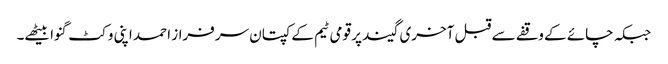
جبکہ چائے کے وقفے سے قبل آخری گیند پر قومی ٹیم کے کپتان سرفراز احمد اپنی وکٹ گنوا بیٹھے۔